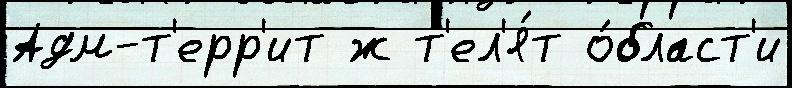
Адм-т'ерр'ит ж т'ел'я́т о́бласт'и